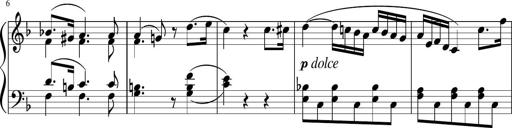
Title: 3 Sonatinen
Composer: Heinrich Lichner